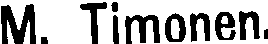
M. Timonen.